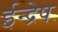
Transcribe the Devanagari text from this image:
ईन्द्रेष